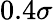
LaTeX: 0.4\sigma